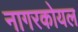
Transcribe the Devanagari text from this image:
नागरकोयल